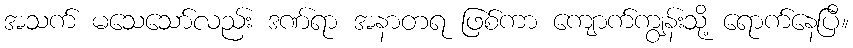
အသက် မသေသော်လည်း ဒဏ်ရာ အနာတရ ဖြစ်ကာ ကျောက်ကျွန်းသို့ ရောက်နေပြီ။